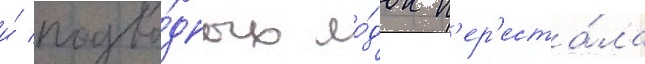
и́ подво́дных ло́док п'ер'еста́ла